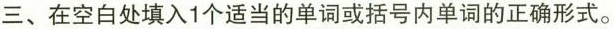
三、在空白处填入1个适当的单词或括号内单词的正确形式。